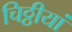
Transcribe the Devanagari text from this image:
चिठ्ठीयां